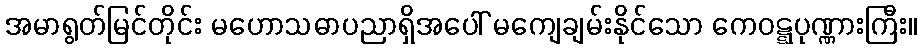
အမာရွတ်မြင်တိုင်း မဟောသဓာပညာရှိအပေါ် မကျေချမ်းနိုင်သော ကေဝဋ္ဋပုဏ္ဏားကြီး။